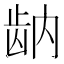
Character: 𬹻